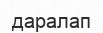
даралап